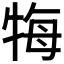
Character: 𤙩